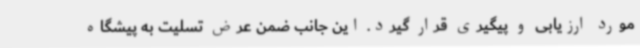
مورد ارزیابی و پیگیری قرار گیرد. این جانب ضمن عرض تسلیت به پیشگاه